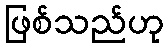
ဖြစ်သည်ဟု